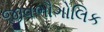
જીવભૌગોલિક